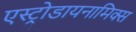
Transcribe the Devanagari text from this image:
एस्ट्रोडायनामिक्स